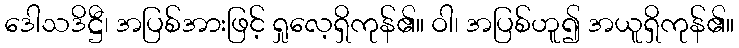
ဒေါသဒိဋ္ဌီ၊ အပြစ်အားဖြင့် ရှုလေ့ရှိကုန်၏။ ဝါ၊ အပြစ်ဟူ၍ အယူရှိကုန်၏။